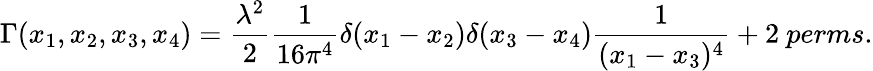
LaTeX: \Gamma(x_{1},x_{2},x_{3},x_{4})=\frac{\lambda^{2}}{2}\frac{1}{16\pi^{4}}\delta(x_{1}-x_{2})\delta(x_{3}-x_{4})\frac{1}{(x_{1}-x_{3})^{4}}+{\mathrm 2~perms.}